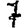
Digit: 7